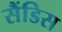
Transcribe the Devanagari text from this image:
सैंडिस